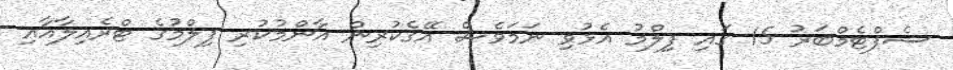
ސެޕްޓެމްބަރު 15 ގައި ފިލްމު އެޅުވި ނަމަވެސް އޭގެކުރިން އާންމުކުރި ފިލްމުގެ ޓްރެއިލާއާއި